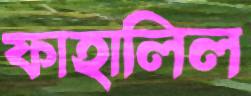
ফাহালিল